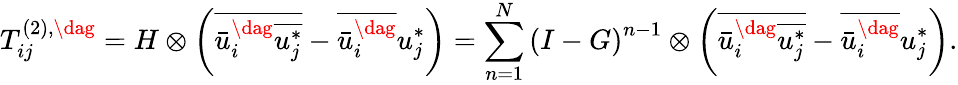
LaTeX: T_{ij}^{\left(2\right),\dag}=H\otimes\left({\overline{{\bar{u}_{i}^{\dag}\overline{{u_{j}^{*}}}}}-\overline{{\bar{u}_{i}^{\dag}}}u_{j}^{*}}\right)=\sum_{n=1}^{N}{{{\left({I-G}\right)}^{n-1}}\otimes\left({\overline{{\bar{u}_{i}^{\dag}\overline{{u_{j}^{*}}}}}-\overline{{\bar{u}_{i}^{\dag}}}u_{j}^{*}}\right)}.